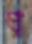
প্র